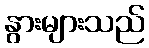
နွားများသည်